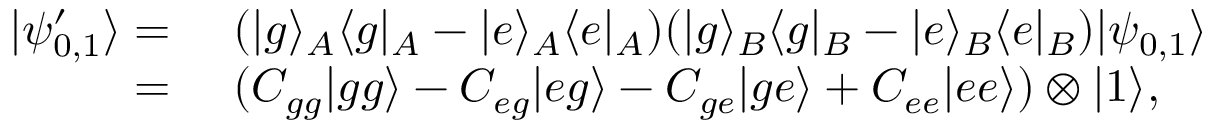
\begin{array} { r l } { | \psi _ { 0 , 1 } ^ { \prime } \rangle = } & { ~ ( | g \rangle _ { A } \langle g | _ { A } - | e \rangle _ { A } \langle e | _ { A } ) ( | g \rangle _ { B } \langle g | _ { B } - | e \rangle _ { B } \langle e | _ { B } ) | \psi _ { 0 , 1 } \rangle } \\ { = } & { ~ ( C _ { g g } | g g \rangle - C _ { e g } | e g \rangle - C _ { g e } | g e \rangle + C _ { e e } | e e \rangle ) \otimes | 1 \rangle , } \end{array}